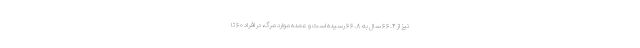
نیز از ۶۶.۴ سال به ۶۶.۸ رسیده است و عمده موارد مرگ، در افراد ۶۰ تا